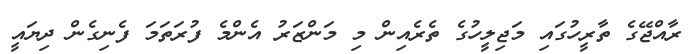
ރާއްޖޭގެ ތާރީހުގައި މަޖިލީހުގެ ތެރެއިން މި މަންޒަރު އެންމެ ފުރަތަމަ ފެނިގެން ދިޔައީ